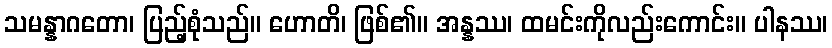
သမန္နာဂတော၊ ပြည့်စုံသည်။ ဟောတိ၊ ဖြစ်၏။ အန္နဿ၊ ထမင်းကိုလည်းကောင်း။ ပါနဿ၊